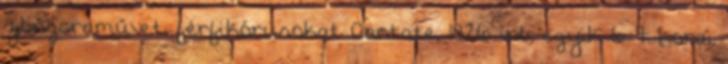
zongoraművet, férfikórusokat Cantate, 1826 írt, egyik 6 7 korai